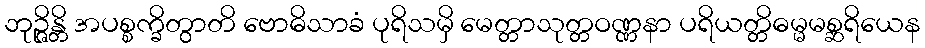
ဘုဉ္ဇိန္တိ အပစ္စက္ခိတွာတိ ဗောဓိသာခံ ပုရိသမှိ မေတ္တာသုတ္တဝဏ္ဏနာ ပရိယတ္တိဓမ္မမစ္ဆရိယေန